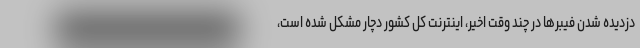
دزدیده شدن فیبرها در چند وقت اخیر، اینترنت کل کشور دچار مشکل شده است،